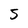
Character: 5